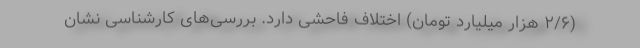
(۲/۶ هزار میلیارد تومان) اختلاف فاحشی دارد. بررسی‌های کارشناسی نشان